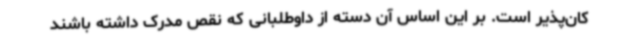
کان‌پذیر است. بر این اساس آن دسته از داوطلبانی که نقص مدرک داشته باشند